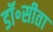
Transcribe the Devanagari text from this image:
डॉ॰सीता